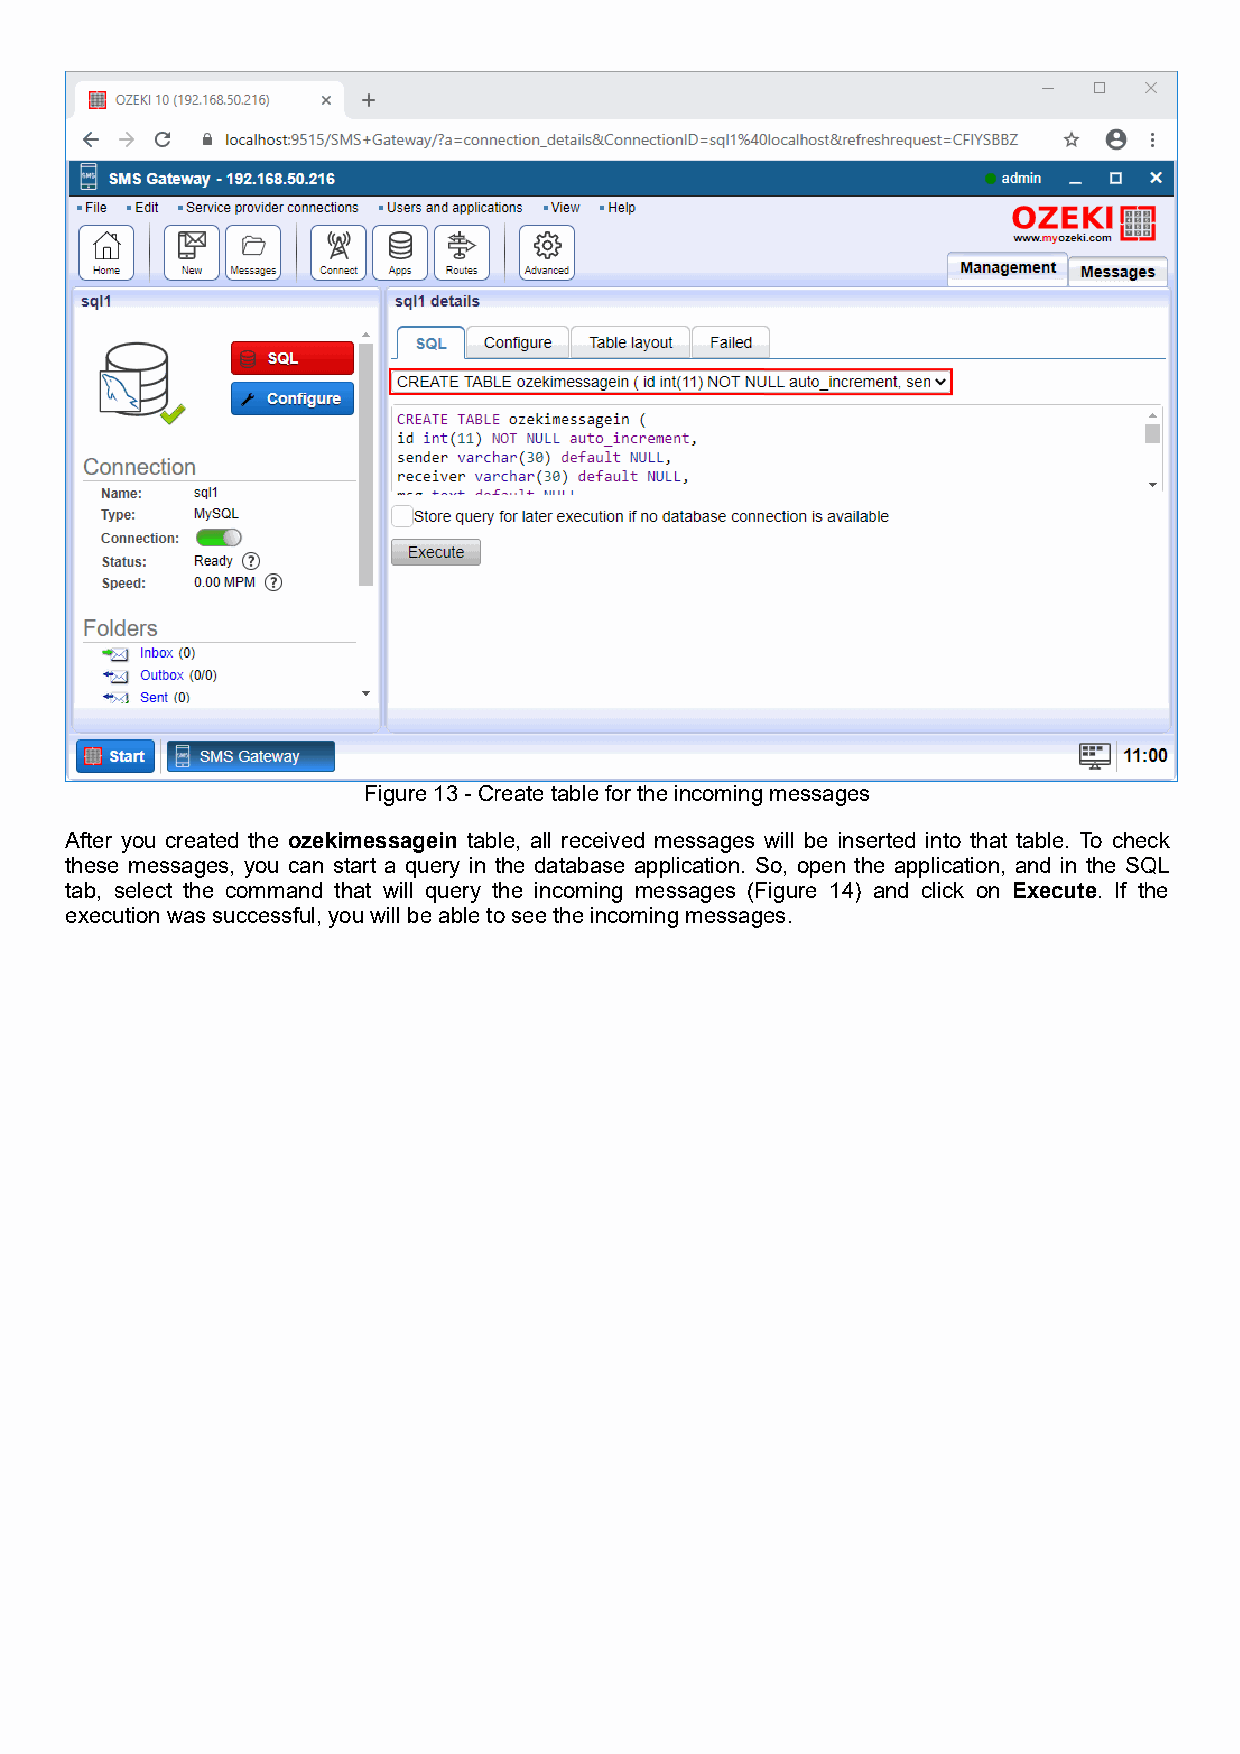
Figure 13 - Create table for the incoming messages
 After you created the ozekimessagein table, all received messages will be inserted into that table. To check
 these messages, you can start a query in the database application. So, open the application, and in the SQL
 tab, select the command that will query the incoming messages (Figure 14) and click on Execute. If the
 execution was successful, you will be able to see the incoming messages.